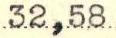
32,58